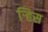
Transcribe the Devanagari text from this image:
र्‍हिस